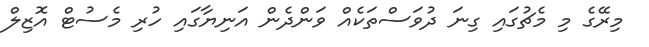
މިރޭގެ މި މެޗުގައި ގިނަ ދުވަސްތަކެއް ވަންދެން އަނިޔާގައި ހުރި މެސުޓް އޮޒިލް